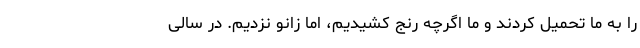
را به ما تحمیل کردند و ما اگرچه رنج کشیدیم، اما زانو نزدیم. در سالی